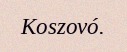
Koszovó.